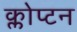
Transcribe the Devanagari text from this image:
क्लोप्टन